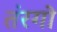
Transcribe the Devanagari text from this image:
तंरगो